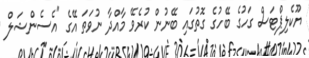
ޔޫކެލިޕްޓަސް ގަހުގެ ބޭހުގެ ގޮތުގައި ބޭނުން ކުރެވޭ މާއްދާ ނުވަތަ އޭގެ "އެސެންޝަލް